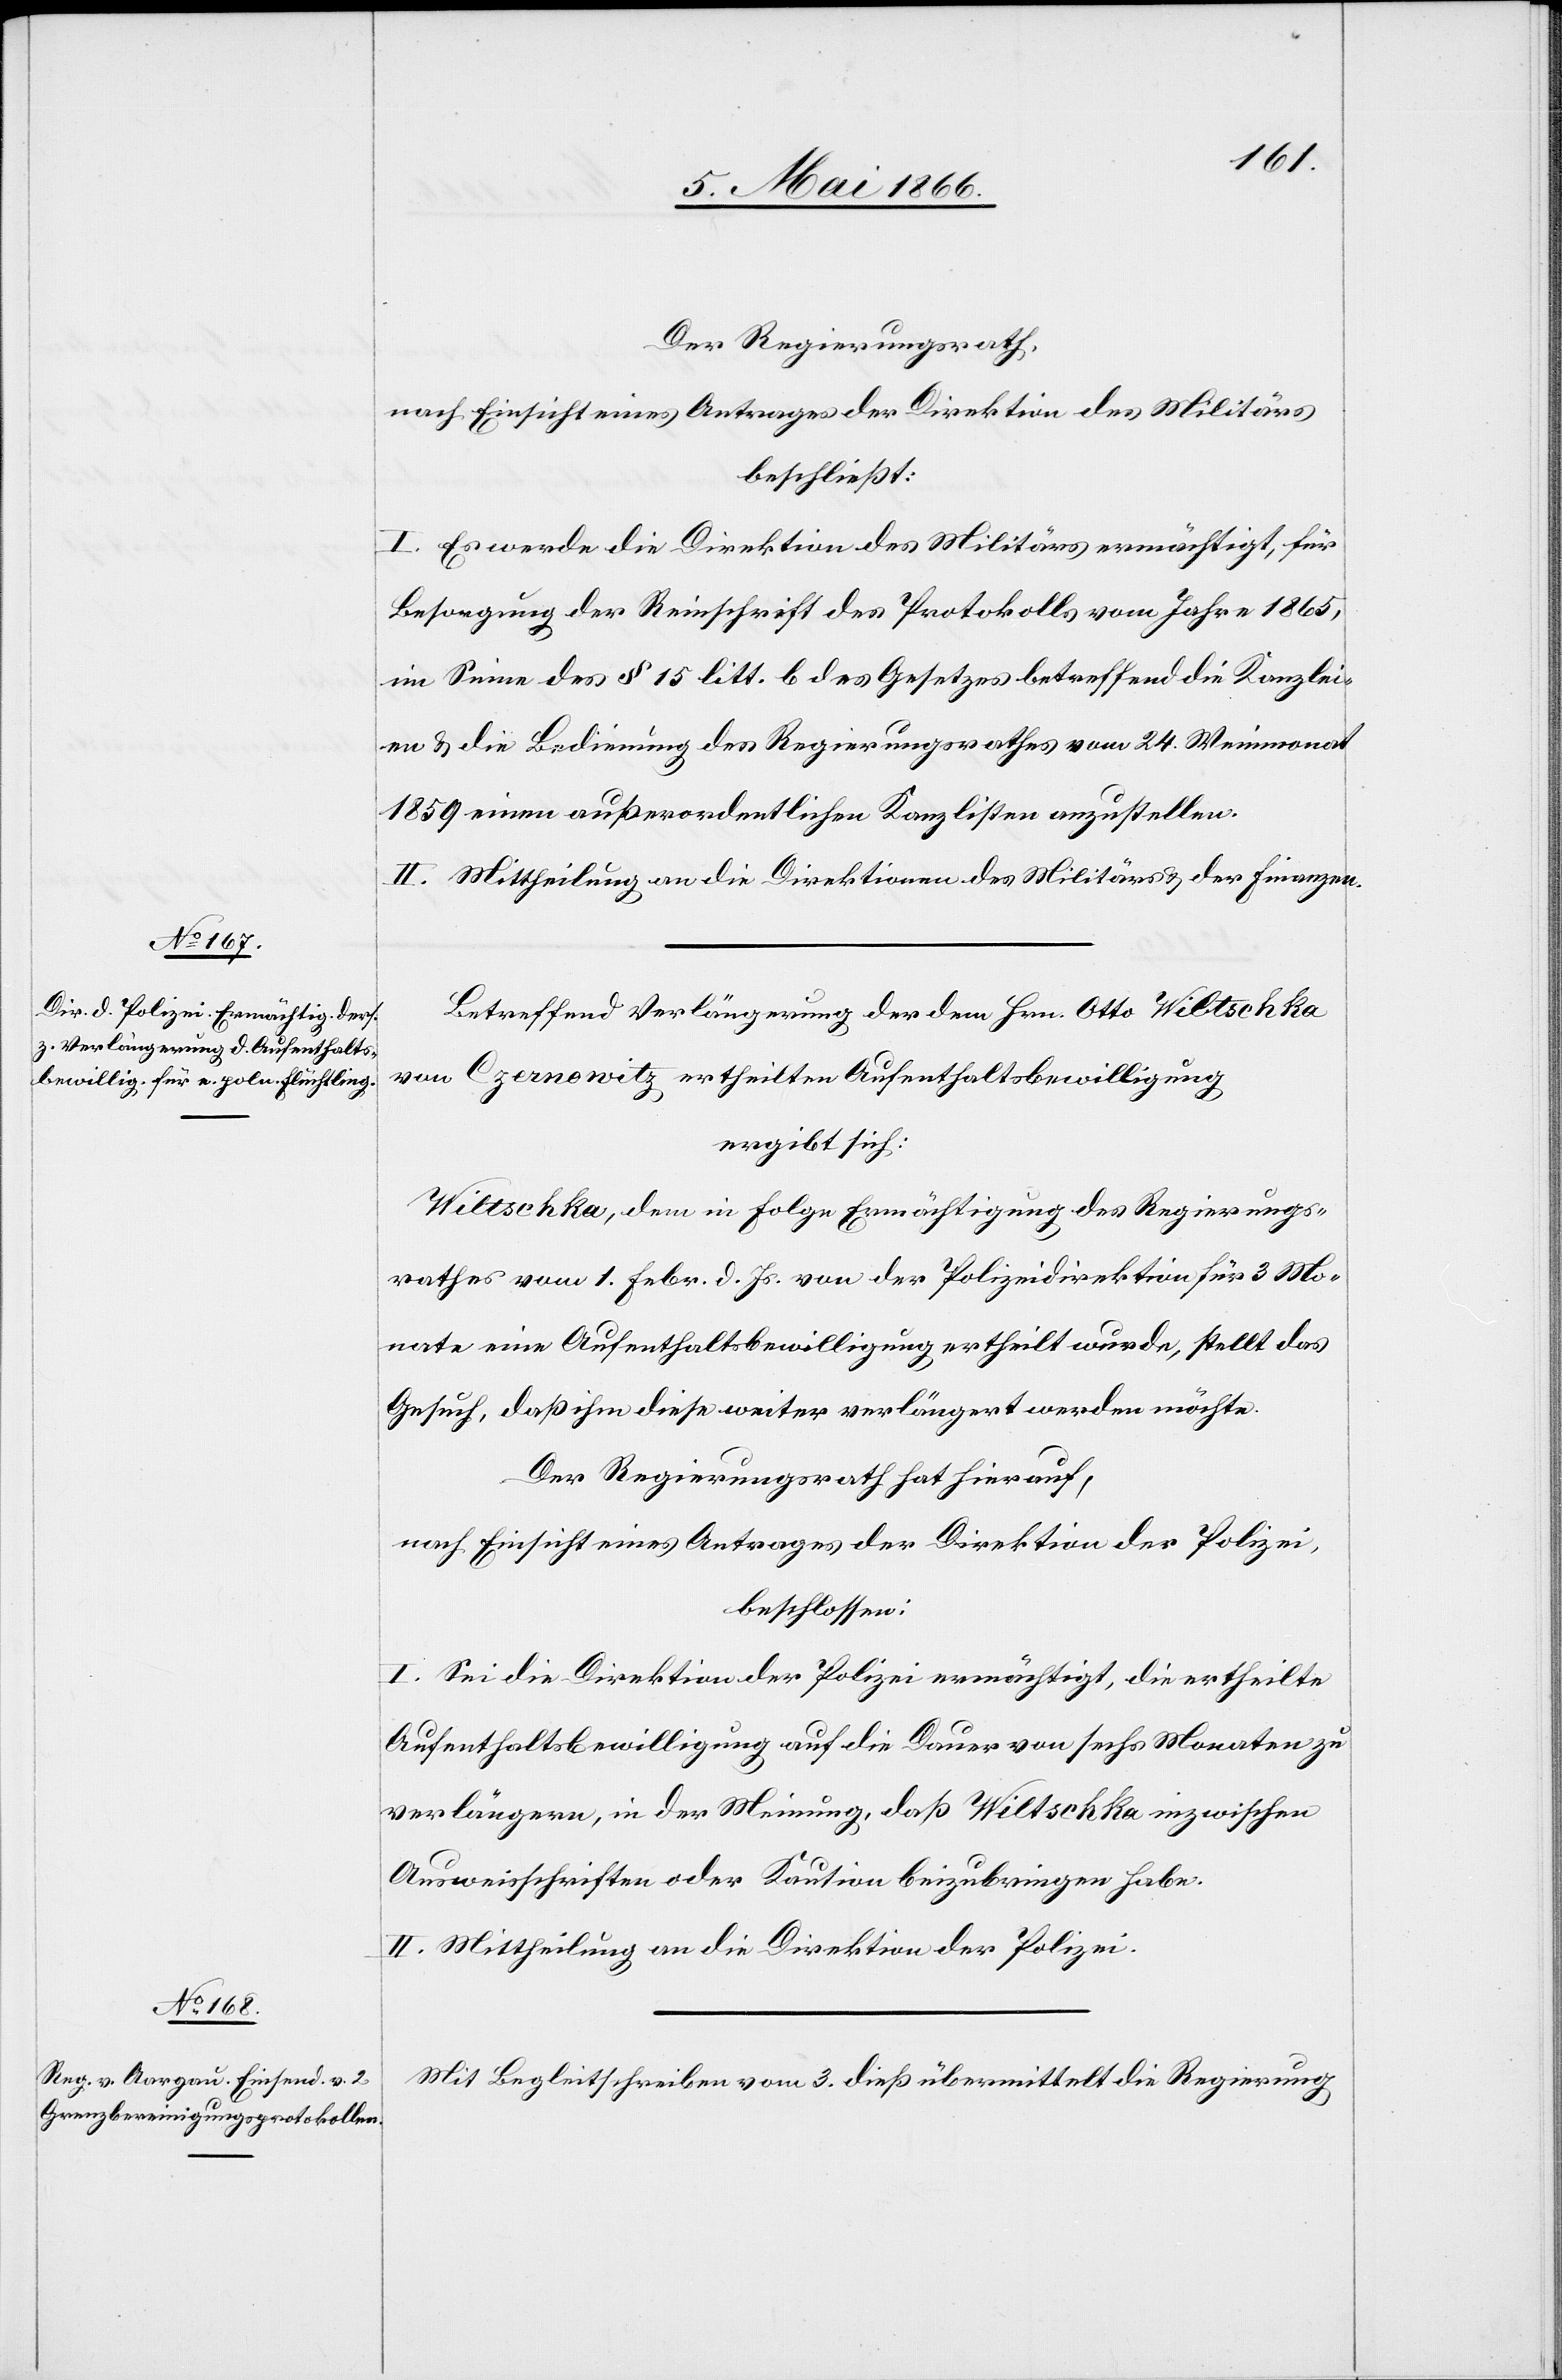
Der Regierungsrath,
nach Einsicht eines Antrages der Direktion des Militärs
beschließt:
I. Es werde die Direktion des Militärs ermächtigt, für
Besorgung der Reinschrift des Protokolls vom Jahre 1865,
im Sinne des § 15 litt. b des Gesetzes betreffend die Kanzlei¬
en u. die Bedienung des Regierungsrathes vom 24. Weinmonat
1859 einen außerordentlichen Kanzlisten anzustellen.
II. Mittheilung an die Direktionen des Militärs u. der Finanzen.
Betreffend Verlängerung der dem Hrn. Otto Wiltschka
von Czernowitz ertheilten Aufenthaltsbewilligung
ergibt sich:
Wiltschka, dem in Folge Ermächtigung des Regierungs¬
rathes vom 1. Febr. d. Js. von der Polizeidirektion für 3 Mo¬
nate eine Aufenthaltsbewilligung ertheilt wurde, stellt das
Gesuch, daß ihm diese weiter verlängert werden möchte.
Der Regierungsrath hat hierauf,
nach Einsicht eines Antrages der Direktion der Polizei,
beschlossen:
I. Sei die Direktion der Polizei ermächtig, die ertheilte
Aufenthaltsbewilligung auf die Dauer von sechs Monaten zu
verlängern, in der Meinung, daß Wiltschka inzwischen
Ausweisschriften oder Kaution beizubringen habe.
II. Mittheilung an die Direktion der Polizei.
Mit Begleitschreiben vom 3. dieß übermittelt die Regierung